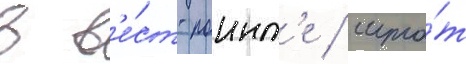
в в'е́ст-поинт'е / шта́т